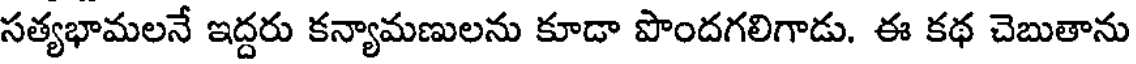
సత్యభామలనే ఇద్దరు కన్యామణులను కూడా పొందగలిగాడు. ఈ కథ చెబుతాను